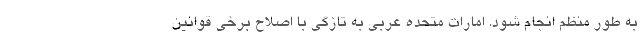
به طور منظم انجام شود. امارات متحده عربی به تازگی با اصلاح برخی قوانین